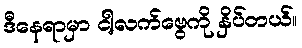
ဒီနေရာမှာ ငါ့လက်ဗွေကို နှိပ်တယ်။